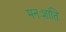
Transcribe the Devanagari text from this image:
मनःशांति